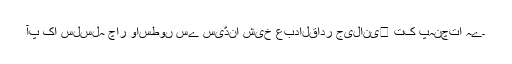
آپ کا سلسلہ چار واسطوں سے سیّدنا شیخ عبدالقادر جیلانی﷜ تک پہنچتا ہے۔